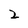
Character: 2